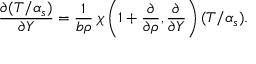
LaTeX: \frac { \partial ( T / \alpha _ { s } ) } { \partial Y } = \frac { 1 } { b \rho } \: \chi \left( 1 + \frac { \partial } { \partial \rho } , \frac { \partial } { \partial Y } \right) ( T / \alpha _ { s } ) .